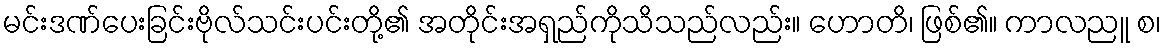
မင်းဒဏ်ပေးခြင်းဗိုလ်သင်းပင်းတို့၏ အတိုင်းအရှည်ကိုသိသည်လည်း။ ဟောတိ၊ ဖြစ်၏။ ကာလညူ စ၊